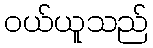
ဝယ်ယူသည်